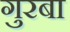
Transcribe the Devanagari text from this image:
गुरबा